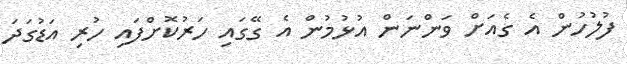
ފުލުހުން އެ ގެއަށް ވަންނަން އުޅުމުން އެ ގޭގައި ހަރުކޮށްފައި ހުރި އަޑުގަދަ